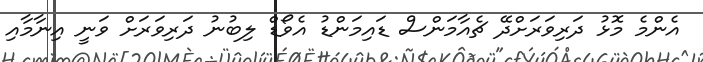
އެންމެ މޮޅު ދަރިވަރަށްދޭ ޗެއާމަންސް ޑައިމަންޑު އެވޯޑް ލިބުނު ދަރިވަރަށް ވަނީ އިނާމާއި